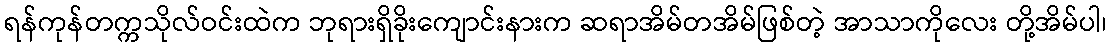
ရန်ကုန်တက္ကသိုလ်ဝင်းထဲက ဘုရားရှိခိုးကျောင်းနားက ဆရာအိမ်တအိမ်ဖြစ်တဲ့ အာသာကိုလေး တို့အိမ်ပါ၊